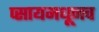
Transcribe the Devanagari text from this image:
प्सायमधूनच